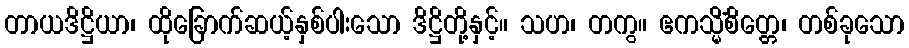
တာယဒိဋ္ဌိယာ၊ ထိုခြောက်ဆယ့်နှစ်ပါးသော ဒိဋ္ဌိတို့နှင့်။ သဟ၊ တကွ။ ဧကသ္မိံစိတ္တေ၊ တစ်ခုသော